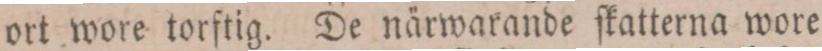
ort wore torftig. De närwarande ſkatterna wore